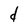
Character: d